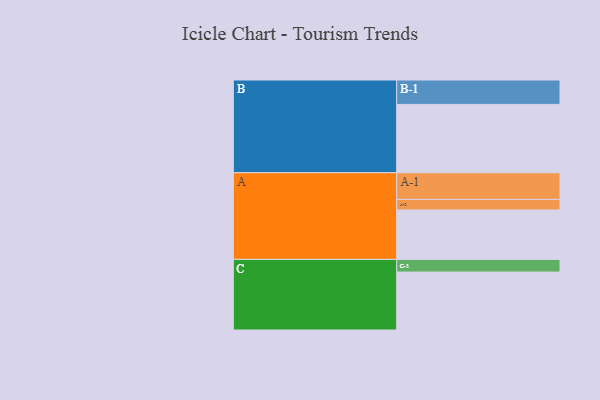
{"axis": {"x": "Segment", "y": "Value"}, "legend": ["", "A", "B", "C"], "data": [{"x": "A", "y": 395, "type": ""}, {"x": "B", "y": 546, "type": ""}, {"x": "C", "y": 463, "type": ""}, {"x": "A-1", "y": 213, "type": "A"}, {"x": "A-2", "y": 84, "type": "A"}, {"x": "B-1", "y": 195, "type": "B"}, {"x": "C-1", "y": 101, "type": "C"}]}